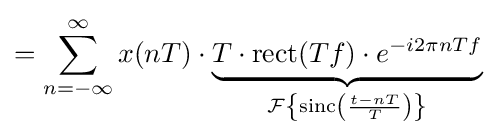
=\sum _{n=-\infty }^{\infty }x(nT)\cdot \underbrace {T\cdot \mathrm {rect} (Tf)\cdot e^{-i2\pi nTf}} _{{\mathcal {F}}\left\{\mathrm {sinc} \left({\frac {t-nT}{T}}\right)\right\}}